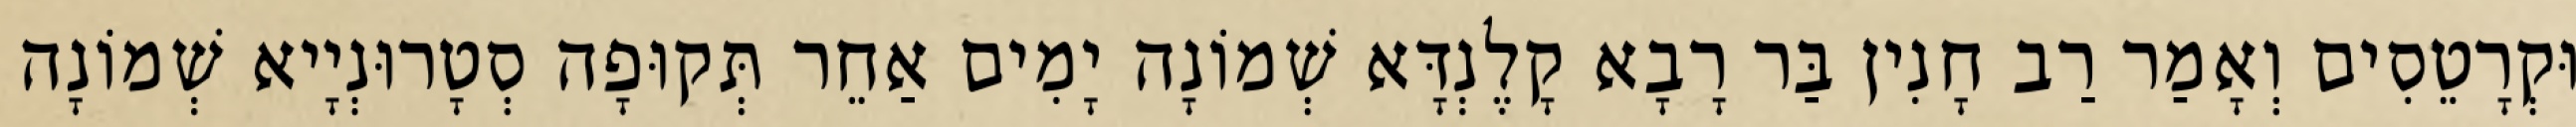
וּקְרָטֵסִים וְאָמַר רַב חָנִין בַּר רָבָא קָלֶנְדָּא שְׁמוֹנָה יָמִים אַחֵר תְּקוּפָה סְטָרוּנְיָיא שְׁמוֹנָה